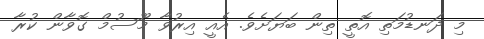
މި ދަނޑުމަތި އޮތީ ތިން ބަޔަށެވެ. އެއީ އިރުވާ މޫސުމް ގޮވާން ކުރާ